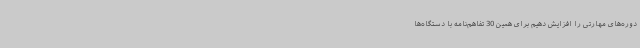
دوره‌های مهارتی را افزایش دهیم برای همین 30 تفاهم‌نامه با دستگاه‌ها